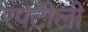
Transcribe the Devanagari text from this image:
रपटीली